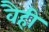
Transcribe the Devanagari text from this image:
वैही